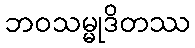
ဘဝသမ္မုဒိတဿ